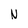
Character: N